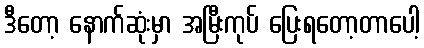
ဒီတော့ နောက်ဆုံးမှာ အမြီးကုပ် ပြေးရတော့တာပေါ့